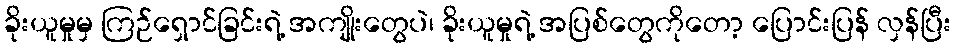
ခိုးယူမှုမှ ကြဉ်ရှောင်ခြင်းရဲ့ အကျိုးတွေပဲ၊ ခိုးယူမှုရဲ့ အပြစ်တွေကိုတော့ ပြောင်းပြန် လှန်ပြီး